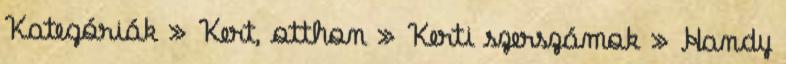
Kategóriák » Kert, otthon » Kerti szerszámok » Handy